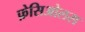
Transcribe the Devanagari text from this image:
फ़ेसिओलस